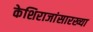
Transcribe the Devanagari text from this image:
केशिराजांसारख्या